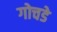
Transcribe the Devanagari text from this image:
गोचडे